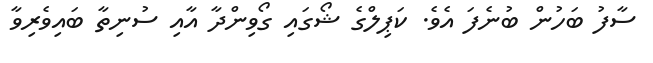
ސާފު ބަހުން ބުނެފަ އެވެ. ކަޕިލްގެ ޝޯގައި ގޯވިންދާ އާއި ސުނިތާ ބައިވެރިވާ